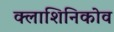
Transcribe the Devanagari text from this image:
क्लाशिनिकोव